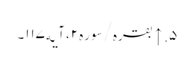
۵. ↑ بقره/سوره۲، آیه۱۱۷۔